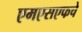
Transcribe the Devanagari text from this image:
एमएसएफचे